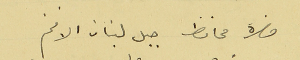
حضرة محافظ جبل لبنان الافخم